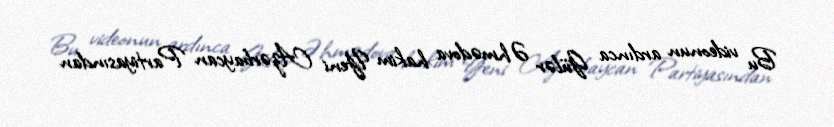
Bu videonun ardınca Gülər Əhmədova hakim Yeni Azərbaycan Partiyasından